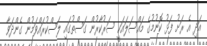
އަދި އެ ރަށު ފަޅު ކޮނުމުގެ މައްސަލައަކީ ސަރުކާރުން ގަސްތުގައި ލަސްކުރައްވަމުން ގެންދަވާ